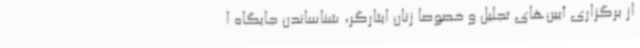
از برگزاری آیین‌های تجلیل و خصوصا زنان ایثارگر، شناساندن جایگاه ا